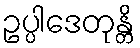
ဥပ္ပါဒေတုန္တိ